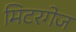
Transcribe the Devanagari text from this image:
मिटरगेज